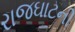
રાજઘાટની